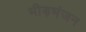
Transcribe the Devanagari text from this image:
भीड़भंजन